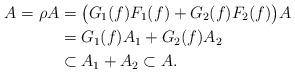
LaTeX: \begin{align*} A = \rho A &= \bigl(G_1(f)F_1(f)+G_2(f)F_2(f)\bigr)A \\* &= G_1(f)A_1 + G_2(f)A_2 \\* &\subset A_1+A_2 \subset A.\end{align*}